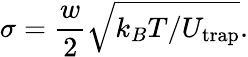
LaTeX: \sigma=\frac{w}{2}\sqrt{k_{B}T/U_{\mathrm{trap}}}.